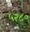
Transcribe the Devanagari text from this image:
५२८०